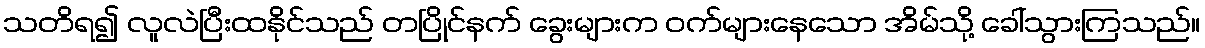
သတိရ၍ လူလဲပြီးထနိုင်သည် တပြိုင်နက် ခွေးများက ဝက်များနေသော အိမ်သို့ ခေါ်သွားကြသည်။